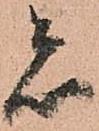
者